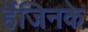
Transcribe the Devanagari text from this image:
हैंजिनके